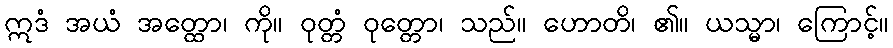
ဣဒံ အယံ အတ္ထော၊ ကို။ ဝုတ္တံ ဝုတ္တော၊ သည်။ ဟောတိ၊ ၏။ ယသ္မာ၊ ကြောင့်။